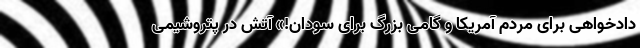
دادخواهی برای مردم آمریکا و گامی بزرگ برای سودان!» آتش در پتروشیمی